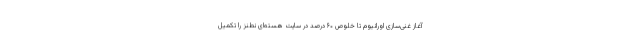
آغاز غنی‌سازی اورانیوم تا خلوص ۶۰ درصد در سایت هسته‌ای نطنز را تکمیل